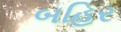
બહિર